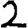
Digit: 2